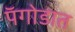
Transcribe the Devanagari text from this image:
पॅगोडात